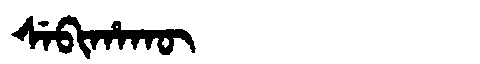
Manchu: ᠰᡝᠪᡳᡥᠠᡴᡡ
Romanization: SEBIHAKŪ